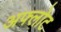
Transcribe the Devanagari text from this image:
अफ्लोट